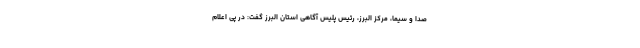
صدا و سیما، مرکز البرز، رئیس پلیس آگاهی استان البرز گفت: در پی اعلام